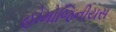
હોમોજિનીયસ